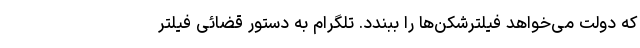
که دولت می‌خواهد فیلترشکن‌ها را ببندد. تلگرام به دستور قضائی فیلتر